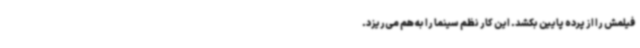
فیلمش را از پرده پایین بکشد. این کار نظم سینما را به هم می‌ریزد.